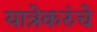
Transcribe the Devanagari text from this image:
यात्रेकरुंचे